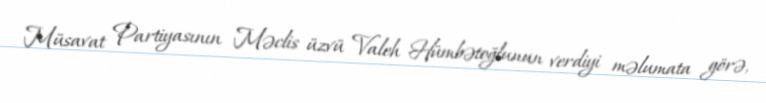
Müsavat Partiyasının Məclis üzvü Valeh Hümbətoğlunun verdiyi məlumata görə,